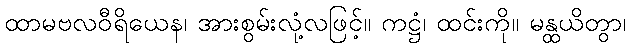
ထာမဗလဝီရိယေန၊ အားစွမ်းလုံ့လဖြင့်။ ကဋ္ဌံ၊ ထင်းကို။ မန္ထယိတွာ၊